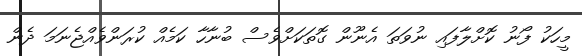
މީހަކު ފޯނު ކޮށްލާފައި ނުވަތަ އެނޫން ގޮތަކަށްވެސް ބުނާހާ ކަމެއް ކުރަންވެއްޖެނަމަ ދެން